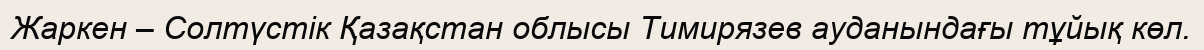
Жаркен – Солтүстік Қазақстан облысы Тимирязев ауданындағы тұйық көл.